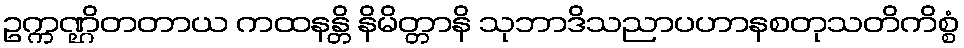
ဥက္ကဏ္ဌိတတာယ ကထနန္တိ နိမိတ္တာနိ သုဘာဒိသညာပဟာနစတုသတိကိစ္စံ